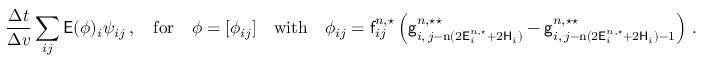
\frac { \Delta t } { \Delta v } \sum _ { i j } \mathsf { E } ( \phi ) _ { i } \psi _ { i j } \, , \quad \mathrm { f o r } \quad \phi = [ \phi _ { i j } ] \quad \mathrm { w i t h } \quad \phi _ { i j } = \mathsf { f } _ { i j } ^ { n , \star } \left( \mathsf { g } _ { i , \, j - \mathrm { n } ( 2 \mathsf { E } _ { i } ^ { n , \star } + 2 \mathsf { H } _ { i } ) } ^ { n , \star \star } - \mathsf { g } _ { i , \, j - \mathrm { n } ( 2 \mathsf { E } _ { i } ^ { n , \star } + 2 \mathsf { H } _ { i } ) - 1 } ^ { n , \star \star } \right) \, .